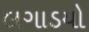
લગાડયો